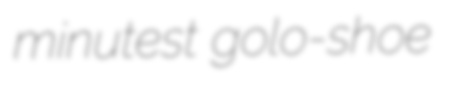
minutest golo-shoe